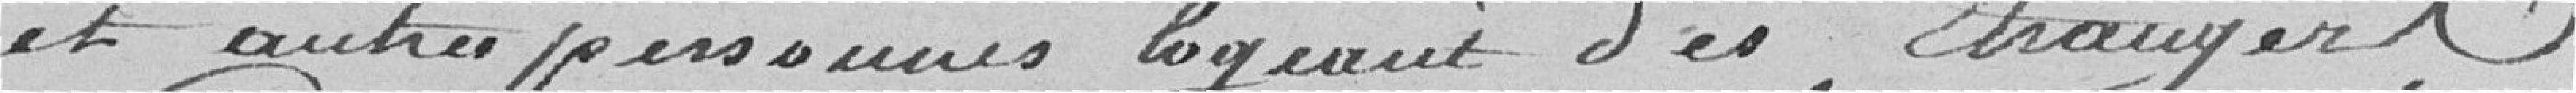
et autres personnes logeant des étrangers